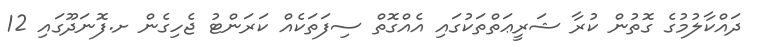
ދައްކާލުމުގެ ގޮތުން ކުރާ ޝަރީޢަތްތަކުގައި އެއްގޮތް ސިފަތަކެއް ކަރަންޓު ޖެހިގެން ށ.ފޮނަދޫގައި 12